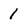
Character: 1